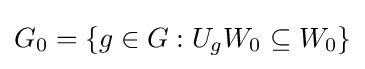
G_{0}=\{g\in G:U_{g}W_{0}\subseteq W_{0}\}